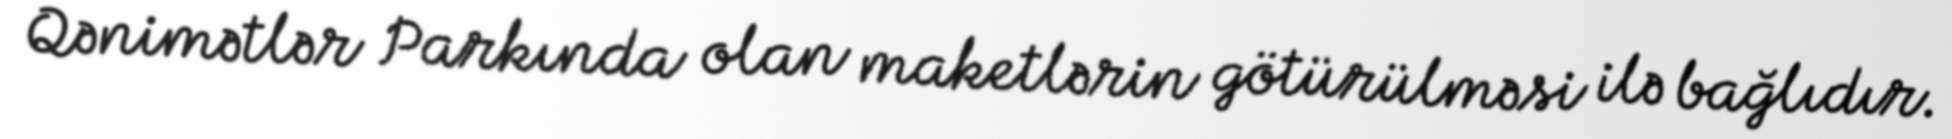
Qənimətlər Parkında olan maketlərin götürülməsi ilə bağlıdır.